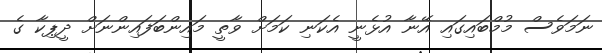
ނަމަވެސް މުމްބައިގައި އޭނާ އުޅެނީ އެކަނި ކަމަށް ވާތީ މައިންބަފައިންނަށް ދީޕިކާ ގެ